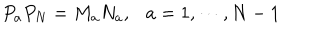
P _ { a } P _ { N } = M _ { a } N _ { a } , \ \ \ a = 1 , \cdots , N - 1